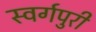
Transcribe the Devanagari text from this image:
स्वर्गपुरी